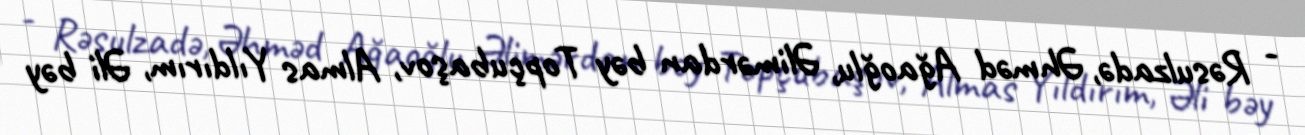
- Rəsulzadə, Əhməd Ağaoğlu, Əlimərdan bəy Topçubaşov, Almas Yıldırım, Əli bəy